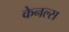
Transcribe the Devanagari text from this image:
केनल्स